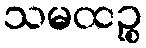
သမထဉ္စ